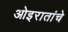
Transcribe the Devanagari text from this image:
ओइरातांचे